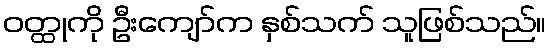
ဝတ္ထုကို ဦးကျော်က နှစ်သက် သူဖြစ်သည်။